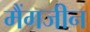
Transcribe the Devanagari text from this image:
मैंगजीन